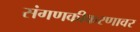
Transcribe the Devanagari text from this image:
संगणकीकरणावर